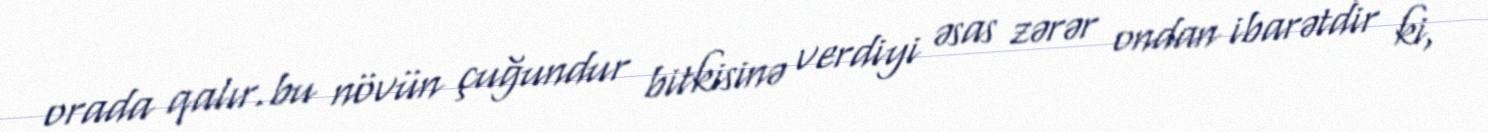
orada qalır.bu növün çuğundur bitkisinə verdiyi əsas zərər ondan ibarətdir ki,